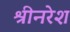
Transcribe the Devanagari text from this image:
श्रीनरेश